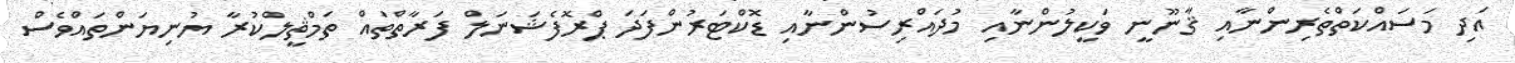
އަދި މަސައްކަތްތެރިންނާއި ޤާނޫނީ ވަކީލުންނާއި މުދައްރިސުންނާއި ޑޮކްޓަރުންފަދަ ޕްރޮފެޝަނަލް ފަރާތްތައް ތަމްޘީލްކުރާ ޔުނިޔަންތައްވެސް